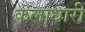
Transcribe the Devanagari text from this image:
कलाधारी